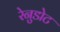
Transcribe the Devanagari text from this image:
रेनुडोट